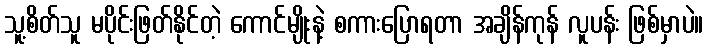
သူ့စိတ်သူ မပိုင်းဖြတ်နိုင်တဲ့ ကောင်မျိုးနဲ့ စကားပြောရတာ အချိန်ကုန် လူပန်း ဖြစ်မှာပဲ။